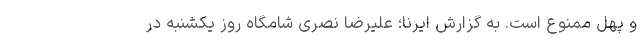
و پهل ممنوع است. به گزارش ایرنا؛ علیرضا نصری شامگاه روز یکشنبه در